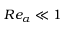
R e _ { \alpha } \ll 1